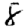
Digit: 8